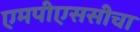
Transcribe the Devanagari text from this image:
एमपीएससीचा